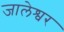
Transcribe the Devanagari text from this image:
जालेश्वर